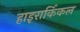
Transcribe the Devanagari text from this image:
हाइरार्किकल